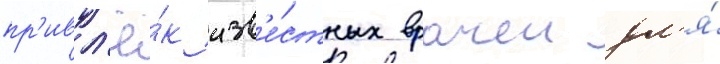
пр'ивл'ё́к изв'е́стных врачеи дл'я́